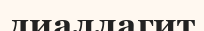
диаллагит